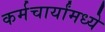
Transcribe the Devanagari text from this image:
कर्मचार्यांमध्ये